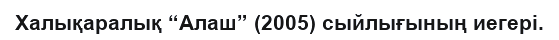
Халықаралық “Алаш” (2005) сыйлығының иегері.